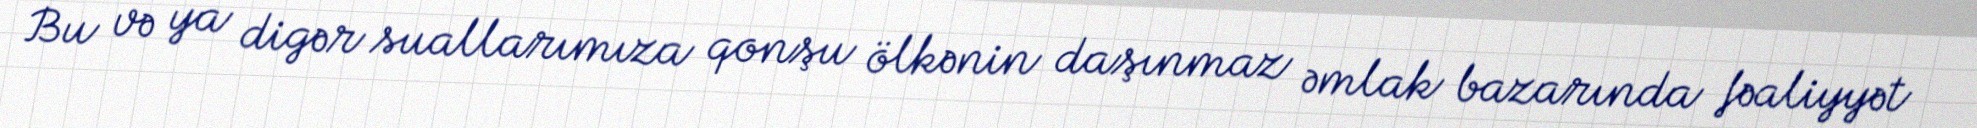
Bu və ya digər suallarımıza qonşu ölkənin daşınmaz əmlak bazarında fəaliyyət